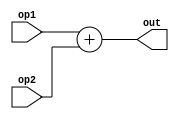
`timescale 1ns / 1ps
//////////////////////////////////////////////////////////////////////////////////
// Company: 
// Engineer: 
// 
// Design Name: 
// Module Name:    single_add 
// Project Name: 
// Target Devices: 
// Tool versions: 
// Description: 
//
// Dependencies: 
//
// Revision: 
// Revision 0.01 - File Created
// Additional Comments: 
//
//////////////////////////////////////////////////////////////////////////////////
module single_add(op1,op2,out);
 		 	input [31:0] op1;
  		 	input [31:0] op2;
  		 	output [31:0] out;

			assign out = op1 + op2;
endmodule